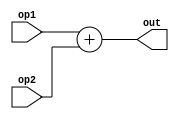
`timescale 1ns / 1ps
//////////////////////////////////////////////////////////////////////////////////
// Company: 
// Engineer: 
// 
// Design Name: 
// Module Name:    single_add 
// Project Name: 
// Target Devices: 
// Tool versions: 
// Description: 
//
// Dependencies: 
//
// Revision: 
// Revision 0.01 - File Created
// Additional Comments: 
//
//////////////////////////////////////////////////////////////////////////////////
module single_add(op1,op2,out);
 		 	input [31:0] op1;
  		 	input [31:0] op2;
  		 	output [31:0] out;

			assign out = op1 + op2;
endmodule